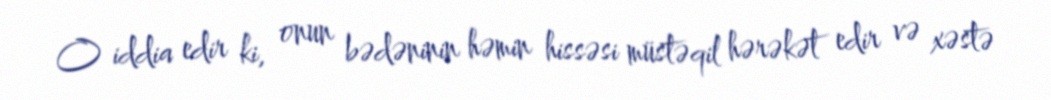
O iddia edir ki, onun bədəninin həmin hissəsi müstəqil hərəkət edir və xəstə